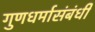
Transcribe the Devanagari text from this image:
गुणधर्मासंबंधी